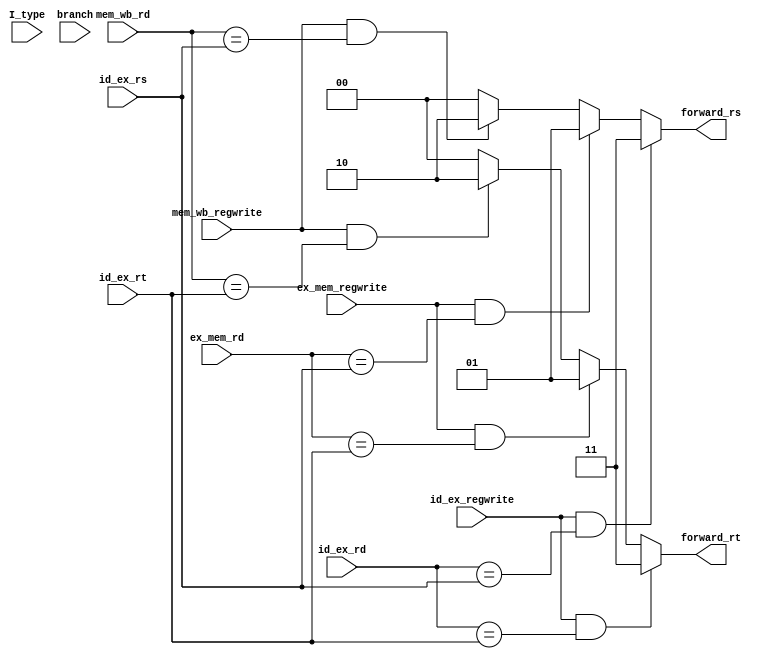



// file fwd_unit_branch.v


module fwd_unit_branch(
	input wire [4:0] id_ex_rs,
	input wire [4:0] id_ex_rt,
	input wire [4:0] ex_mem_rd,
	input wire ex_mem_regwrite,
	input wire [4:0] mem_wb_rd,
	input wire mem_wb_regwrite,
	input wire I_type,
	input wire [4:0] id_ex_rd,
	input wire id_ex_regwrite,
	input wire branch,
	output reg [1:0] forward_rs,
	output reg [1:0] forward_rt);
	
	always @* begin
			forward_rs = 2'b00;
			forward_rt = 2'b00;
		if (mem_wb_regwrite == 1 && mem_wb_rd == id_ex_rs) begin
			forward_rs = 2'b10;
		end
		if (mem_wb_regwrite == 1 && mem_wb_rd == id_ex_rt) begin
			forward_rt = 2'b10;
		end
		if (ex_mem_regwrite == 1 && ex_mem_rd == id_ex_rs) begin
			forward_rs = 2'b01;
		end
		if (ex_mem_regwrite == 1 && ex_mem_rd == id_ex_rt) begin
			forward_rt = 2'b01;
		end
		if (id_ex_regwrite == 1 && id_ex_rd == id_ex_rs) begin
			forward_rs = 2'b11;
		end
		if (id_ex_regwrite == 1 && id_ex_rd == id_ex_rt) begin
			forward_rt = 2'b11;
		end
	end

endmodule